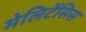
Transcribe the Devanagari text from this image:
मेलिटेंसिस